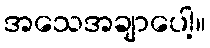
အသေအချာပေါ့။